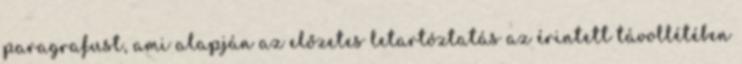
paragrafust, ami alapján az előzetes letartóztatás az érintett távollétében